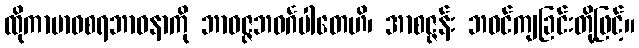
ထိုကာမာဝစရဘာဝနာကို ဘာဝဇ္ဇဘဝင်္ဂပါတေဟိ၊ အာစဇ္ဇန်း ဘဝင်ကျခြင်းတို့ဖြင့်။